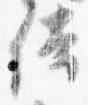
侍